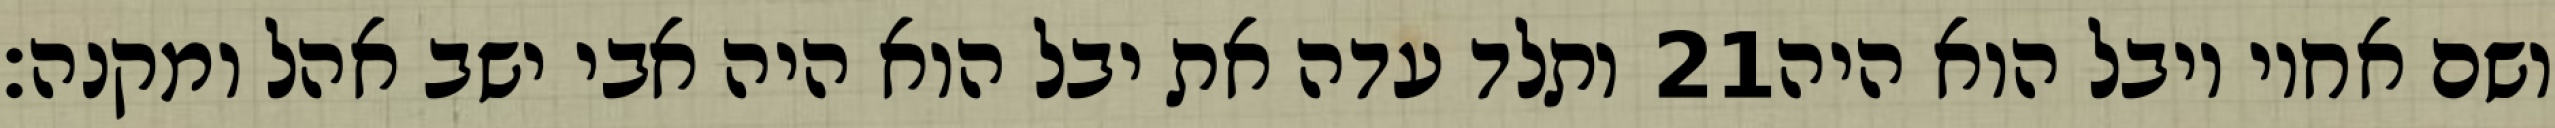
ותלד עדה את יבל הוא היה אבי ישב אהל ומקנה׃ ‎21‏ ושם אחיו יובל הוא היה